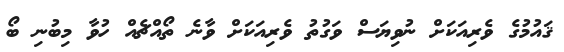
ޤައުމުގެ ވެރިއަކަށް ނުވިޔަސް ވަގުތު ވެރިއަކަށް ވާނެ ތޯއްޗެއް ހުވާ މިބުނި ބޯ